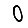
Digit: 0